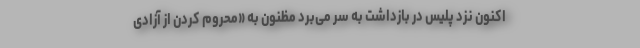
اکنون نزد پلیس در بازداشت به سر می‌برد مظنون به «محروم کردن از آزادی